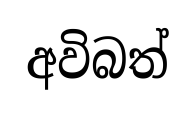
අවිබත්